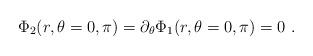
LaTeX: \begin{align*}\Phi_2(r,\theta=0,\pi) = \partial_\theta \Phi_1(r,\theta=0,\pi)=0\ .\end{align*}